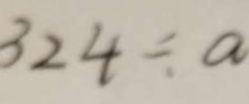
3 2 4 \div a